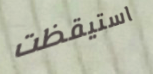
استيقظت